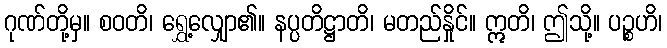
ဂုဏ်တို့မှ။ စဝတိ၊ ရွှေ့လျှော၏။ နပ္ပတိဋ္ဌာတိ၊ မတည်နှိုင်။ ဣတိ၊ ဤသို့။ ပဉ္စဟိ၊